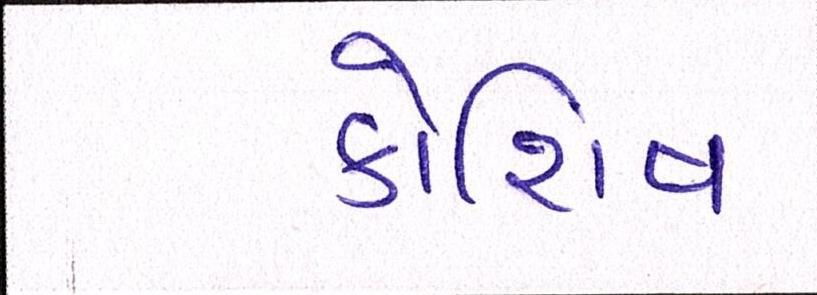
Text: કોશિષ